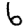
Digit: 6